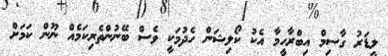
ލީޑަރު ގާސިމް އިބްރާހީމާ އެކު ކޯލިޝަން ހެދުމަކީ ވެސް ބޭނުންތެރިކަމެއް ނޫން ކަމަށް